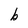
Character: b